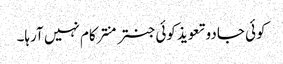
کوئی جادو تعویذ کوئی جنتر منتر کام نہیں آرہا۔